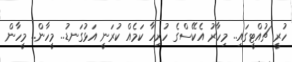
ހުރީ ޗުއްޓީގައި.. މިހާރު އެކޭސްގެ ހުރިހާ ކަމެއް ކުރަނީ އަޅުގަނޑު.. މީހާން.. މީހާން